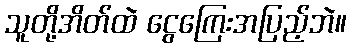
သူတို့အိတ်ထဲ ငွေကြေးအပြည့်ဘဲ။